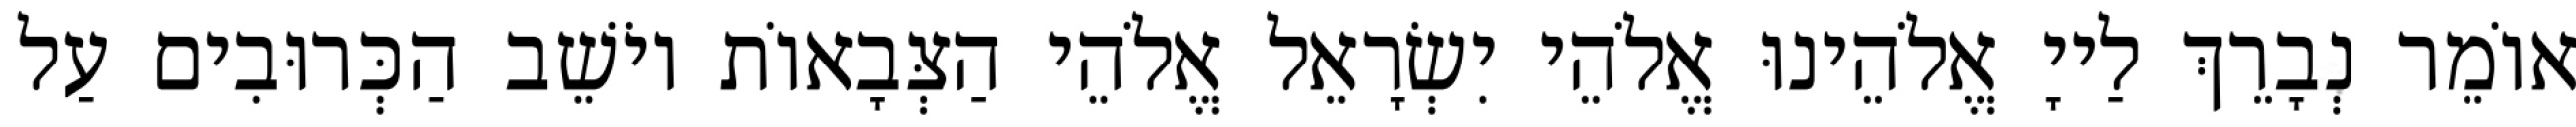
אוֹמֵר נְבָרֵךְ לַייָ אֱלֹהֵינוּ אֱלֹהֵי יִשְׂרָאֵל אֱלֹהֵי הַצְּבָאוֹת יוֹשֵׁב הַכְּרוּבִים עַל